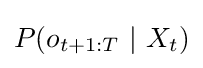
P(o_{t+1:T}\ |\ X_{t})